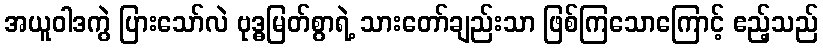
အယူဝါဒကွဲ ပြားသော်လဲ ဗုဒ္ဓမြတ်စွာရဲ့ သားတော်ချည်းသာ ဖြစ်ကြသောကြောင့် ဧည့်သည်